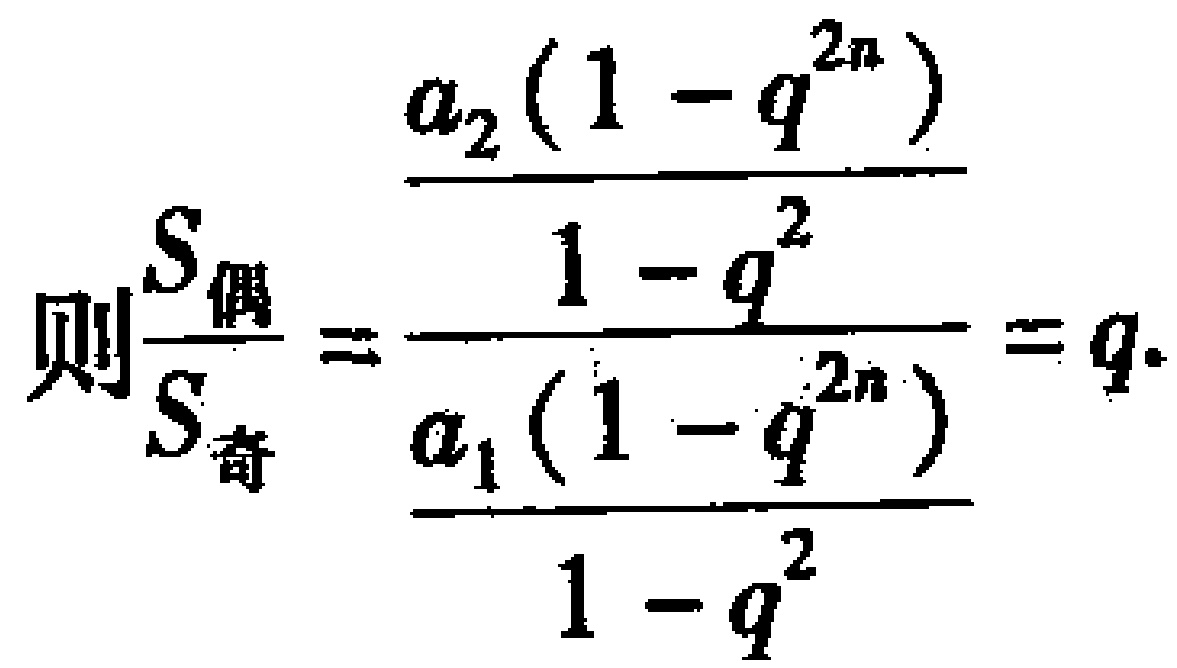
(6)1的平方根的立方根是___.